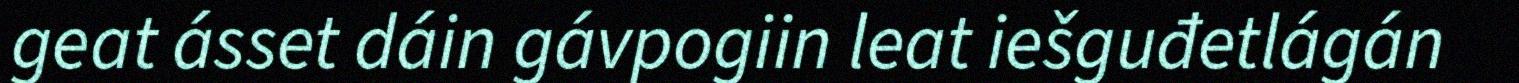
geat ásset dáin gávpogiin leat iešguđetlágán